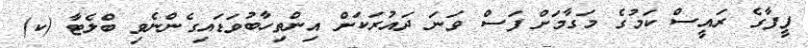
ފީފާގެ ރައީސް ކަމުގެ މަގާމަށް ފަސް ވަނަ ދައުރަކަށް އިންތިހާބުވަޑައިގެންނެވި ބްލެޓާ (ކ)